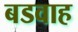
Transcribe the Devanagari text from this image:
बडवाह